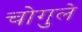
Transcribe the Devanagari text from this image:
चोगुले